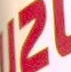
2